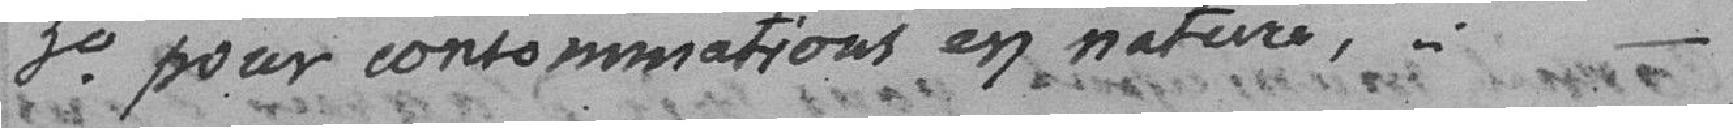
3° Pour consommations en nature